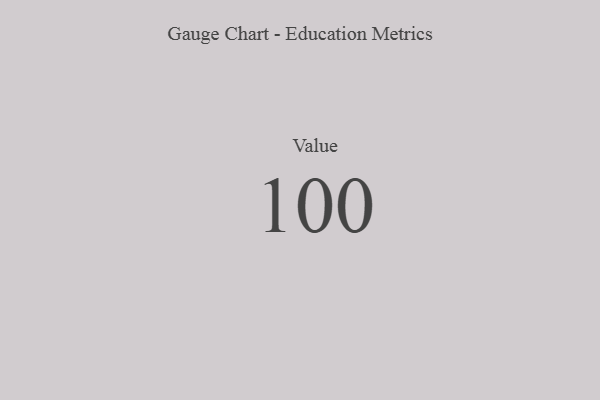
{"axis": {"x": "Metric", "y": "Value"}, "legend": [""], "data": [{"x": "Value", "y": 100, "type": ""}]}